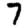
Digit: 7